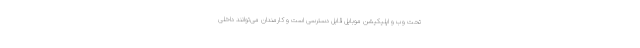
تحت وب و اپلیکیشن موبایل قابل دسترسی است و کارمندان می‌توانند داخلی